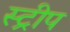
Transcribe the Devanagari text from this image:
स्‍ट्रीप